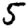
Digit: 5